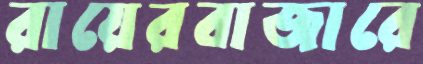
রায়েরবাজারে